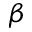
\beta